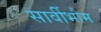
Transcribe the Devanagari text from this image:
सार्वीभौम